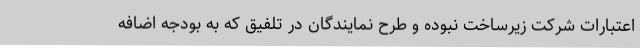
اعتبارات شرکت زیرساخت نبوده و طرح نمایندگان در تلفیق که به بودجه اضافه